Papers set at the Examination for Leaving Certificates, 1895
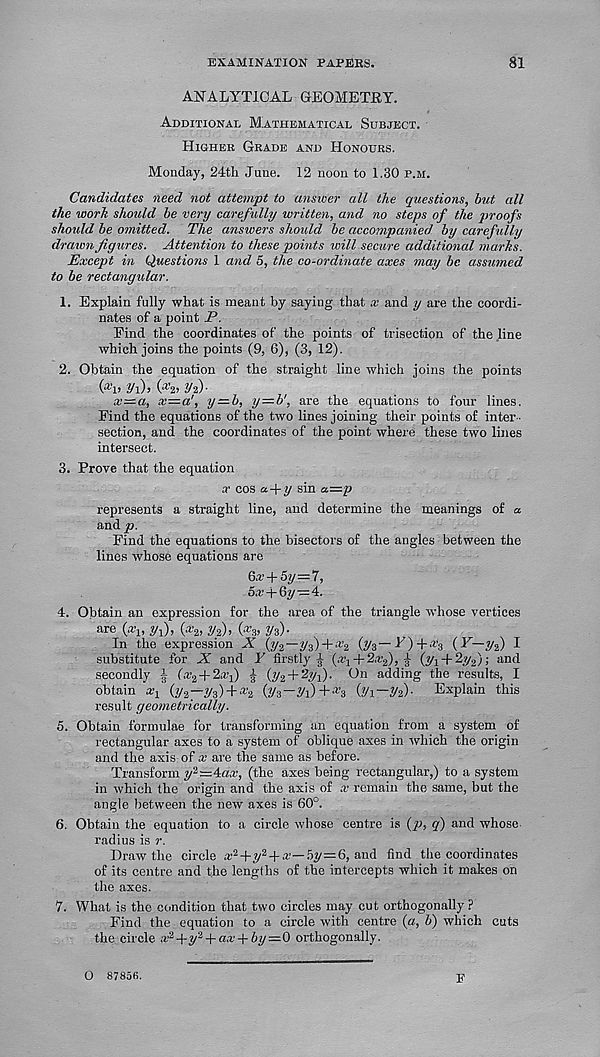
EXAMINATION PAPERS.
81
ANALYTICAL GEOMETEY.
Additional Mathematical Sdbject.
Higher Grade and Honours.
Monday, 24th June. 12 noon to 1.30 p.m.
Candidates need not attempt to answer all the questions, but all
the work should be very carefully written, and no steps of the proofs
should be omitted. The answers should be accompanied by carefully
drawn figures. Attention to these points will secure additional mark's.
Except in Questions 1 and 5, the co-ordinate axes may be assumed
to be rectangular.
1. Explain fully what is meant by saying that x and y are the coordi-
nates of a point P.
Find the coordinates of the points of trisection of the line
which joins the points (9, 6), (3, 12).
2. Obtain the equation of the straight line which joins the points
(a-i, yi )» 0*2> Vi)-
x—a, x—a’, y—b, y — b’, are the equations to four lines.
Find the equations of the two lines joining their points of inter-
section, and the coordinates of the point where these two lines
intersect.
3. Prove that the equation
x cos a-\- y sin a.=p
represents a straight line, and determine the meanings of a
andy?.
Find the equations to the bisectors of the angles between the
lines whose equations are
6x + 6y=T,
5x-\-6y—4:.
4. Obtain an expression for the area of the triangle whose vertices
are (a'„ jq),
Vi)’
Vz)-
In the expression X (y 2 —y3) + a ’2 {yz—^)+ x z {Y—di) I
substitute for X and Y firstly A (x 1 + 2x 2 ), ^ (yi + 2y 2 ); and
secondly | (x 2 + 2x{) | (y2 + 2 3'i)-
adding the results, I
obtain aq (y 2 —y 3 ) + x 2 (y 3 -yi)+ x 3 (^i—%)• Explain this
result geometrically.
5. Obtain formulae for transforming an equation from a system of
rectangular axes to a system of oblique axes in which the origin
and the axis of x are the same as before.
Transform y^—^ax, (the axes being rectangular,) to a system
in which the origin and the axis of x remain the same, but the
angle between the new axes is 60°.
6. Obtain the equation to a circle whose centre is (y>, q) and whose
radius is r.
Draw the circle a: 2 +y 2 + a’—5^ = 6, and find the coordinates
of its centre and the lengths of the intercepts which it makes on
the axes.
7. What is the condition that two circles may cut orthogonally ?
Find the equation to a circle with centre (a, b) which cuts
the circle x 2 +y 2 + ax-{-by—0 orthogonally.
F
O 87856.